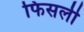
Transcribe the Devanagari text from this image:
फिसली